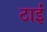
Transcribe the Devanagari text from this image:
ठाईं